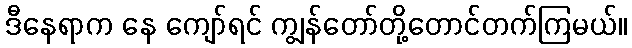
ဒီနေရာက နေ ကျော်ရင် ကျွန်တော်တို့တောင်တက်ကြမယ်။